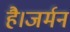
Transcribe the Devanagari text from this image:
है।जर्मन